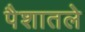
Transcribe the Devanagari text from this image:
पैशातले